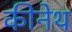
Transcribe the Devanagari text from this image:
कीनेथ